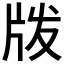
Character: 𰠝